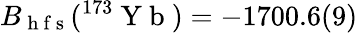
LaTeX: B_{\mathrm{~h~f~s~}}(^{173}\mathrm{~Y~b~})=-1700.6(9)